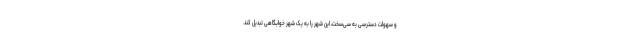
و سهولت دسترسی به سی‌سخت، این شهر را به یک شهر خوابگاهی تبدیل کند.